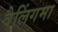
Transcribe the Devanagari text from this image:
वैलिंगमा